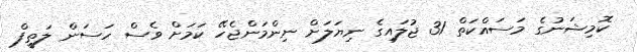
ކޮމިޝަނުގެ މަސައްކަތް 31 ޖުލައިގެ ނިޔަލަށް ނިންމަންޖެހޭ ކަމަށް ވެސް ހަސަން ލަތީފް